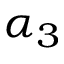
\alpha _ { 3 }